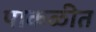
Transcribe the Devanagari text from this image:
पाकळीत